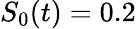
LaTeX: S_{0}(t)=0.2